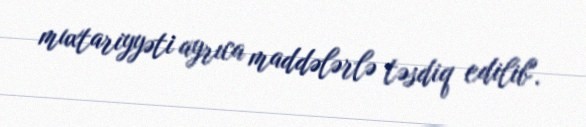
muxtariyyəti ayrıca maddələrlə təsdiq edilib".